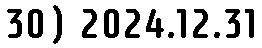
30) 2024.12.31